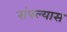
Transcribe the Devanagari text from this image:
संपल्यास